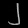
Digit: ၂